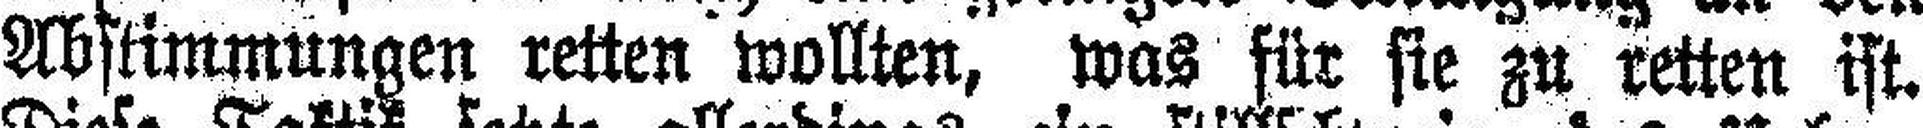
Abstimmungen reiten wollten, was für sie zu retten ist.